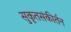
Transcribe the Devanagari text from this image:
सुकृतसंकीर्तन